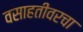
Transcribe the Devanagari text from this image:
वसाहतीवरचा